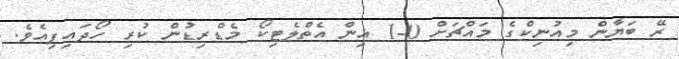
ރޭ ބަޔާން މިއުނިކްގެ މައްޗަށް 0-1 އިން އެތްލެޓިކޯ މެޑްރިޑުން ކުރި ހޯދައިފިއެވެ.